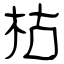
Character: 枯